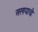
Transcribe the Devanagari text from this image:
अरण्याची